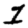
Digit: 2